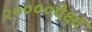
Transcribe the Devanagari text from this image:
२००००पेक्षा